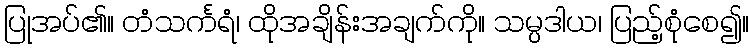
ပြုအပ်၏။ တံသင်္ကရံ၊ ထိုအချိန်းအချက်ကို။ သမ္ပဒါယ၊ ပြည့်စုံစေ၍။